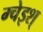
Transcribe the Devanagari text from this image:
म्चेइश्